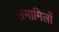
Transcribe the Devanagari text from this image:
समामिलों